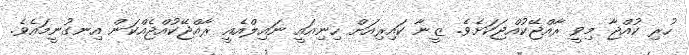
ހުރި ކުއްޖާ މިވީ ރާއްޖޭކުއްޖަކަށެވެ. ޒީނާ ކައިރިއަށް ހިނިއައީ ނައިލްއެއީ ރާއްޖޭކުއްޖެއްކަން އިނގުނީމައެވެ.